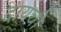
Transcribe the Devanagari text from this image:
दायची